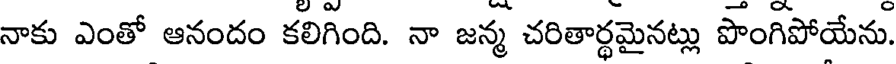
నాకు ఎంతో ఆనందం కలిగింది. నా జన్మ చరితార్థమైనట్లు పొంగిపోయేను.